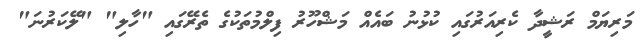
މަރިޔަމް ރަޝީދާ ކެރިއަރުގައި ކުޅުނު ބައެއް މަޝްހޫރު ފިލްމުތަކުގެ ތެރޭގައި "ހާލި" "ލޭކަރުނަ"